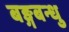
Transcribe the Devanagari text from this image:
बङ्गबन्धु